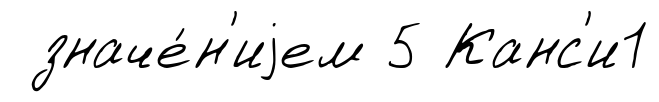
значе́н'иjем 5 Канс'и1